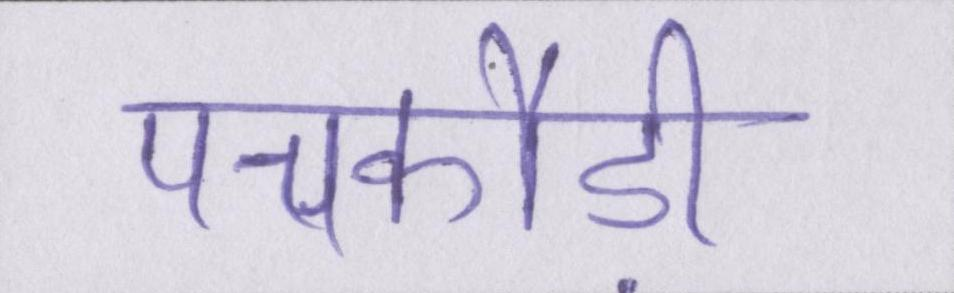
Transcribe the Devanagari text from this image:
पचकौड़ी